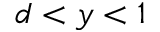
d < y < 1